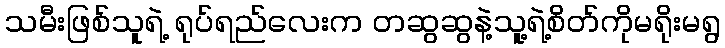
သမီးဖြစ်သူရဲ့ ရုပ်ရည်လေးက တဆွဆွနဲ့သူ့ရဲ့စိတ်ကိုမရိုးမရွ